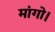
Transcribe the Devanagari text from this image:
मांगो।